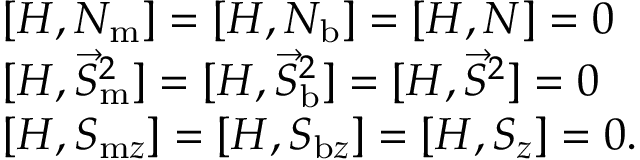
\begin{array} { r l } & { [ H , N _ { \mathrm { m } } ] = [ H , N _ { \mathrm { b } } ] = [ H , N ] = 0 } \\ & { [ H , \vec { S } _ { \mathrm { m } } ^ { 2 } ] = [ H , \vec { S } _ { \mathrm { b } } ^ { 2 } ] = [ H , \vec { S } ^ { 2 } ] = 0 } \\ & { [ H , S _ { \mathrm { m } z } ] = [ H , S _ { \mathrm { b } z } ] = [ H , S _ { z } ] = 0 . } \end{array}